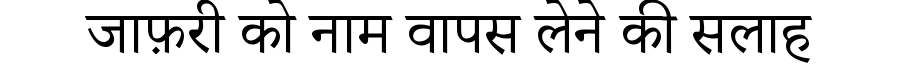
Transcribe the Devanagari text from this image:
जाफ़री को नाम वापस लेने की सलाह